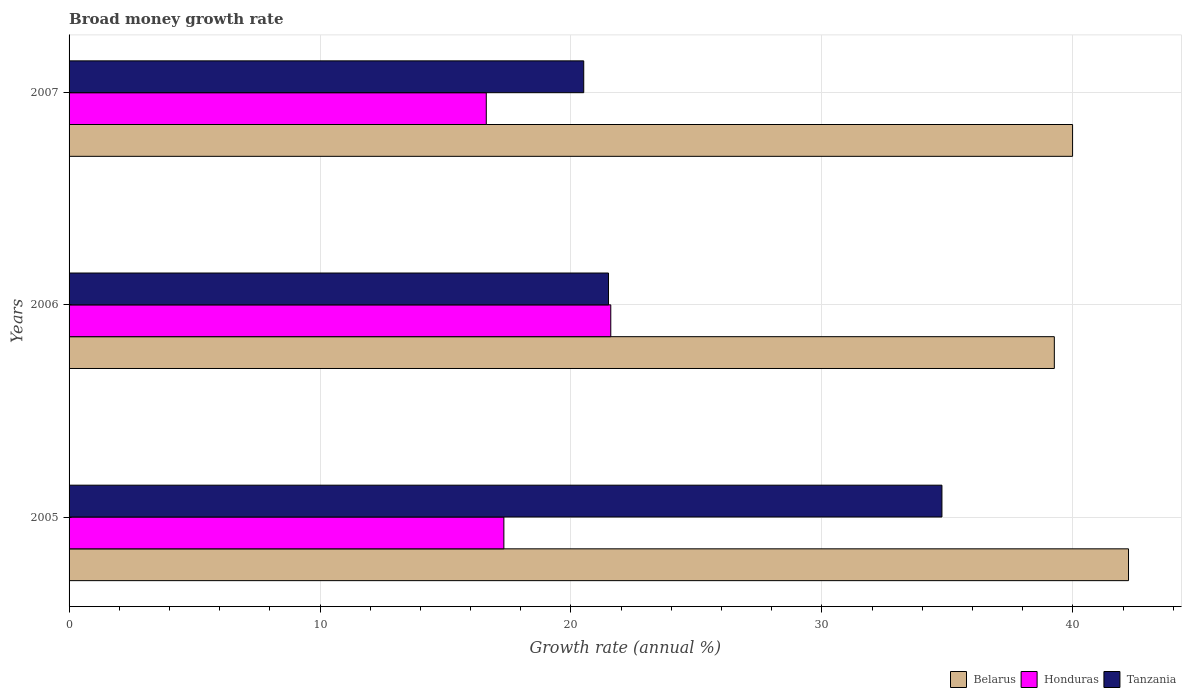
| Years | Belarus | Honduras | Tanzania |
 | --- | --- | --- | --- |
 | 2005 | 42.2 | 17.3 | 34.8 |
 | 2006 | 39.3 | 21.6 | 21.5 |
 | 2007 | 40 | 16.6 | 20.5 |